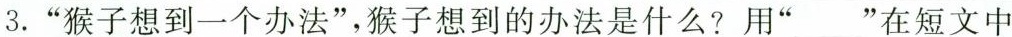
3.”猴子想到一个办法”，猴子想到的办法是什么？用”___”在短文中